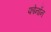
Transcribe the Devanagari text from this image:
फोनॉन